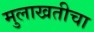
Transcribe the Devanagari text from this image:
मुलाखतीचा